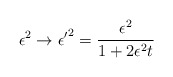
\begin{align*}\epsilon^2 \rightarrow {\epsilon'}^2 = \frac{\epsilon^2}{1 + 2\epsilon^2 t} \end{align*}